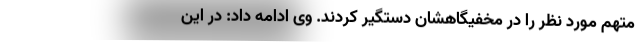
متهم مورد نظر را در مخفیگاهشان دستگیر کردند. وی ادامه داد: در این